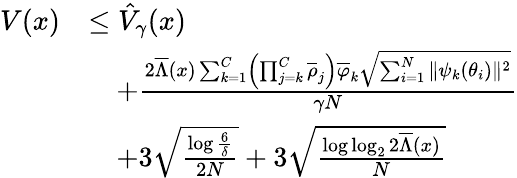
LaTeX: \begin{array}{rl}{V(x)}&{\leq\hat{V}_{\gamma}(x)}\\ &{\quad+\frac{2\overline{{\Lambda}}(x)\sum_{k=1}^{C}\left(\prod_{j=k}^{C}\overline{{\rho}}_{j}\right)\overline{{\varphi}}_{k}\sqrt{\sum_{i=1}^{N}\| \psi_{k}(\theta_{i})\| ^{2}}}{\gamma N}}\\ &{\quad+3\sqrt{\frac{\log\frac{6}{\delta}}{2N}}+3\sqrt{\frac{\log\log_{2}2\overline{{\Lambda}}(x)}{N}}}\end{array}